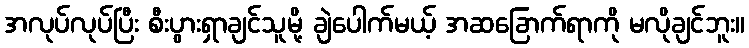
အလုပ်လုပ်ပြီး စီးပွားရှာချင်သူမို့ ချဲပေါက်မယ့် အဆခြောက်ရာကို မလိုချင်ဘူး။